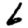
Digit: 6